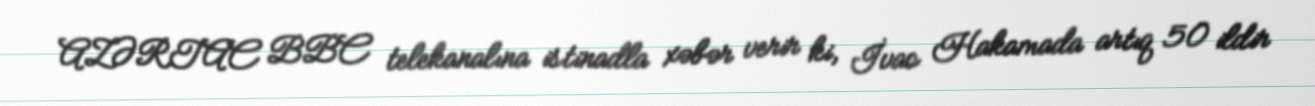
AZƏRTAC BBC telekanalına istinadla xəbər verir ki, İvao Hakamada artıq 50 ildir